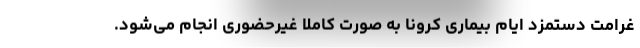
غرامت دستمزد ایام بیماری کرونا به صورت کاملا غیرحضوری انجام می‌شود.